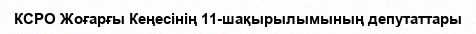
КСРО Жоғарғы Кеңесінің 11-шақырылымының депутаттары